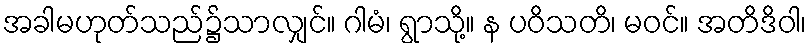
အခါမဟုတ်သည်၌သာလျှင်။ ဂါမံ၊ ရွာသို့။ န ပဝိသတိ၊ မဝင်။ အတိဒိဝါ၊